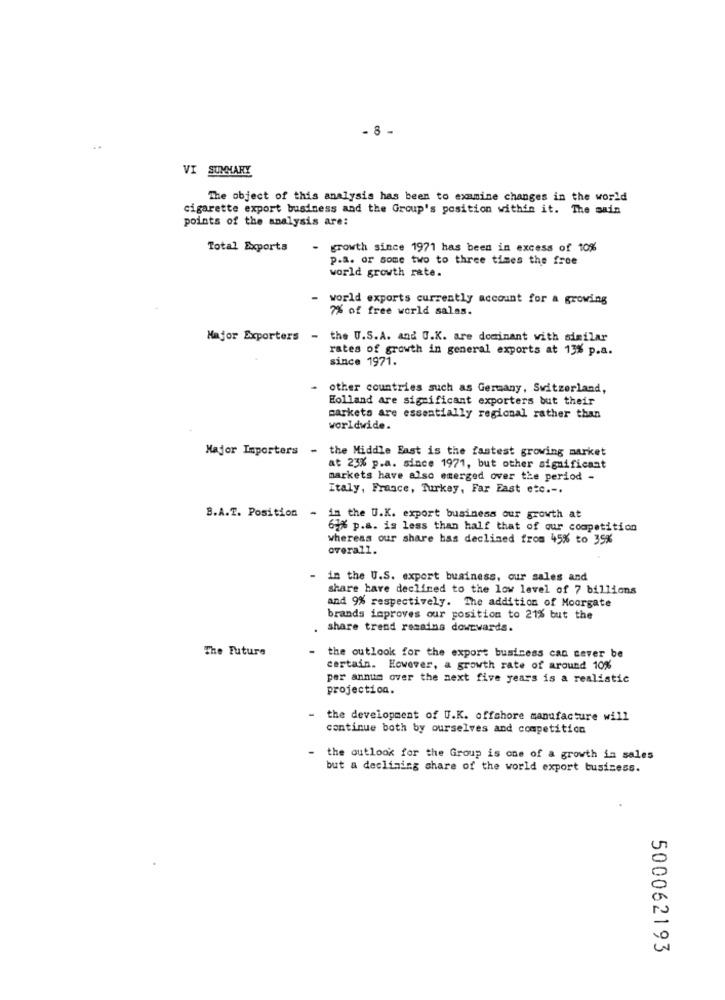
- 8 -
VI SUMMARY
The object of this analysis has been to examine changes in the world
cigarette export business and the Group's position within it. The main
points of the analysis are:
Total Exports
- growth since 1971 has been in excess of 10%
p.a. or some two to three times the free
world growth rate.
world exports currently account for a growing
7% of free world salas.
Major Exporters-
the U.S.A. and O.K. are dominant with similar
rates of growth in general exports at 13% p.a.
since 1971.
- other countries such as Germany, Switzerland,
Holland are significant exporters but their
markets are essentially regional rather than
worldwide.
Major Importers - the Middle East is the fastest growing market
at 23% p.a. since 1971, but other significant
markets have also emerged over the period -
Italy, France, Turkey, Far East etc .-.
B.A.T. Position -
in the U.K. export business our growth at
62% p.a. is less than half that of our competition
whereas our share has declined from 45% to 35%
overall.
in the U.S. export business, our sales and
share have declined to the low level of 7 billions
and 9% respectively. The addition of Moorgate
brands improves our position to 21% but the
share trend remains downwards.
The Future
the outlook for the export business can never be
certain. However, a growth rate of around 10%
per annum over the next five years is a realistic
projection.
the development of U.K. offshore manufacture will
continue both by ourselves and competition
-
the outlook for the Group is one of a growth in sales
but a declining share of the world export business.
500062193